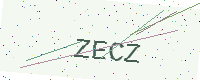
Text: ZECZ